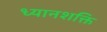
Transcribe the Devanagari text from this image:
ध्यानशक्ति